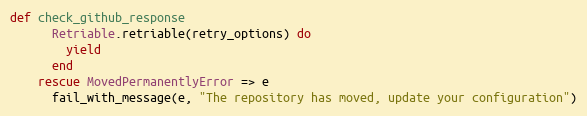
Language: Ruby
def check_github_response
      Retriable.retriable(retry_options) do
        yield
      end
    rescue MovedPermanentlyError => e
      fail_with_message(e, "The repository has moved, update your configuration")